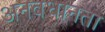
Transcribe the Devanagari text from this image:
अनवधानता